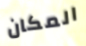
المكان